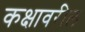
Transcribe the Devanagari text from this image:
कक्षावरील